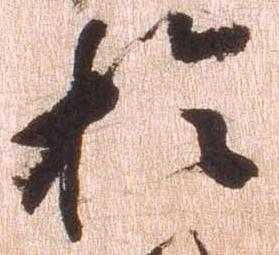
於